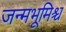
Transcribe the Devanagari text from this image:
जन्मभूमिश्च